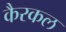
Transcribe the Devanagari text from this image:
कैरकल